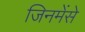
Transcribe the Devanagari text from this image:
जिनमेंसे